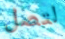
لتصل